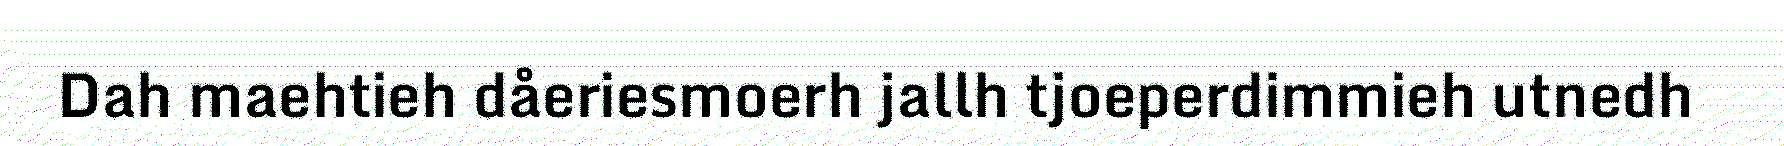
Dah maehtieh dåeriesmoerh jallh tjoeperdimmieh utnedh